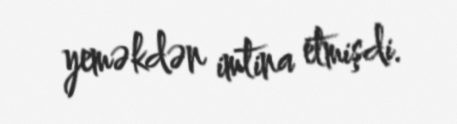
yeməkdən imtina etmişdi.